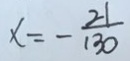
x = - \frac { 2 1 } { 1 3 0 }